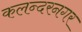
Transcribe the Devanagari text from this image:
कलन्दरनगर